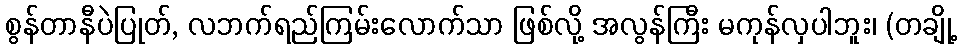
စွန်တာနီပဲပြုတ်, လဘက်ရည်ကြမ်းလောက်သာ ဖြစ်လို့ အလွန်ကြီး မကုန်လှပါဘူး၊ (တချို့